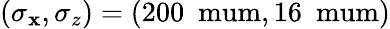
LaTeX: (\sigma_{\mathbf{x}},\sigma_{z})=(200~\mathrm{{\ mum}},16~\mathrm{{\ mum}})